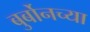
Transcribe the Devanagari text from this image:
बुर्बोनच्या